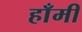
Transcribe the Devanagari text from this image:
हाँमी